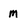
Character: m